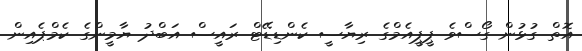
އޮތް ގުޅުން ގޯސްވެ ޕީޕީއެމްގެ ރިޔާސީ ކެންޑިޑޭޓް ރައީސް އަބްދު ޔާމީންގެ ކެމްޕެއިން